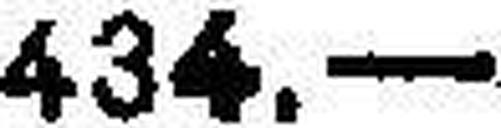
434.—